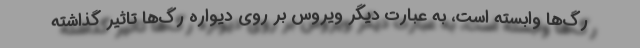
رگ‌ها وابسته است، به عبارت دیگر ویروس بر روی دیواره رگ‌ها تاثیر گذاشته